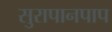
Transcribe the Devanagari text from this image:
सुरापानपाप